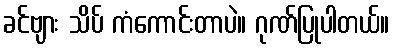
ခင်ဗျား သိပ် ကံကောင်းတာပဲ။ ဂုဏ်ပြုပါတယ်။